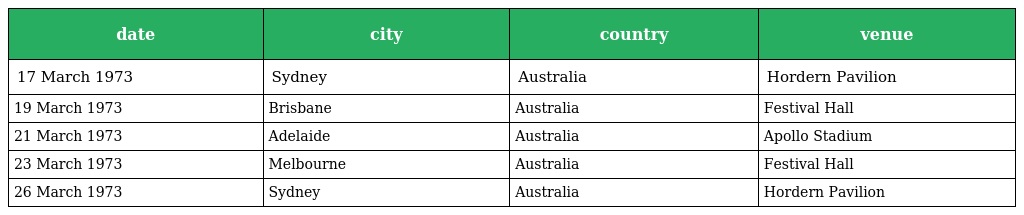
| date | city | country | venue |
 | --- | --- | --- | --- |
 | 17 March 1973 | Sydney | Australia | Hordern Pavilion |
 | 19 March 1973 | Brisbane | Australia | Festival Hall |
 | 21 March 1973 | Adelaide | Australia | Apollo Stadium |
 | 23 March 1973 | Melbourne | Australia | Festival Hall |
 | 26 March 1973 | Sydney | Australia | Hordern Pavilion |